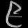
Digit: ၉